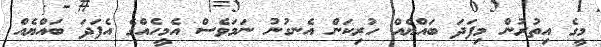
މީގެ އިތުރުން މިފަދަ ބައްޔެއް ހުރިކަން އެނގުނު ނަމަވެސް އެމީހެއްގެ އެފަދަ ބައްޔެއް